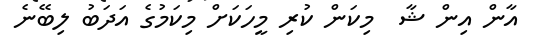
އާން އިން ޝާ  މިކަން ކުރި މީހަކަށް މިކަމުގެ އަދަބު ލިބޭނެ